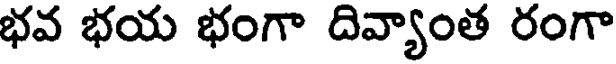
భవ భయ భంగా దివ్యాంత రంగా